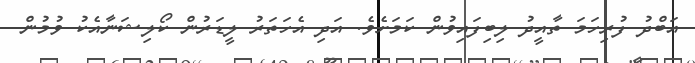
އަބްދު ފުރިހަމަ ތާއީދު ލިބިފައިވުން ކަމަށެވެ. އަދި އެހަތަރު ލީޑަރުން ކޯލިޝަނާއެކު ވުމުން